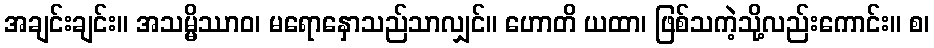
အချင်းချင်း။ အသမ္မိဿာဝ၊ မရောနှောသည်သာလျှင်။ ဟောတိ ယထာ၊ ဖြစ်သကဲ့သို့လည်းကောင်း။ စ၊